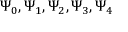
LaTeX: \Psi _ { 0 } , \Psi _ { 1 } , \Psi _ { 2 } , \Psi _ { 3 } , \Psi _ { 4 }